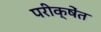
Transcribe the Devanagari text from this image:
परीक्षेंत